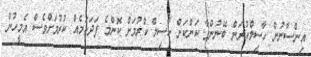
އިންސާނުން ހާސިލްކުރަން ބޭނުންވާ ކަންކަން ހާސިލް ކުރުމަށް ކޮންމެ ފަދަކަމެއް ކުރުމަށްވެސް އެމީހުން